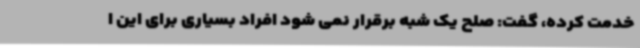
خدمت کرده، گفت: صلح یک شبه برقرار نمی شود افراد بسیاری برای این ا